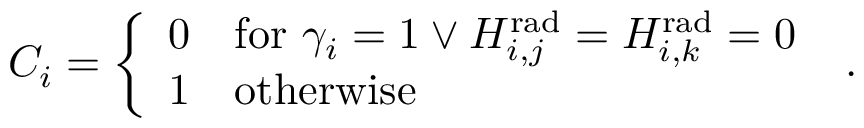
\begin{array} { r } { C _ { i } = \left\{ \begin{array} { l l } { 0 } & { \mathrm { f o r } \ \gamma _ { i } = 1 \lor H _ { i , j } ^ { \mathrm { r a d } } = H _ { i , k } ^ { \mathrm { r a d } } = 0 } \\ { 1 } & { \mathrm { o t h e r w i s e } } \end{array} \right. \ . } \end{array}